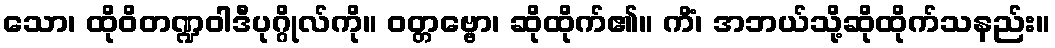
သော၊ ထိုဝိတဏ္ဍဝါဒီပုဂ္ဂိုလ်ကို။ ဝတ္တဗ္ဗော၊ ဆိုထိုက်၏။ ကိံ၊ အဘယ်သို့ဆိုထိုက်သနည်း။